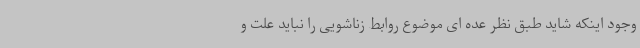
وجود اینکه شاید طبق نظر عده ای موضوع روابط زناشویی را نباید علت و